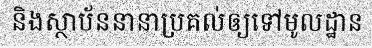
និងស្ថាប័ននានាប្រគល់ឲ្យទៅមូលដ្ឋាន